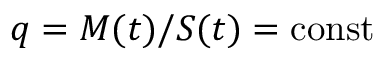
q = M ( t ) / S ( t ) = \mathrm { c o n s t }